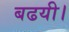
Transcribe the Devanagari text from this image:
बढयी।